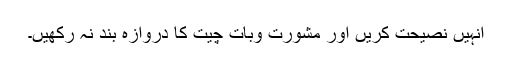
انہیں نصیحت کریں اور مشورت وبات چیت کا دروازہ بند نہ رکھیں۔